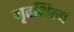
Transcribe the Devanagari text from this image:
गृहशिल्प